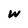
Character: w